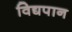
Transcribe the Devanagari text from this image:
विद्यपान